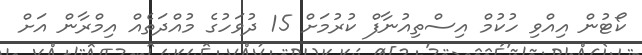
ކޯޓުން އިއްވި ހުކުމް އިސްތިއުނާފް ކުރުމަށް 15 ދުވަހުގެ މުއްދަތެއް އިމްރާން އަށް